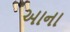
આના